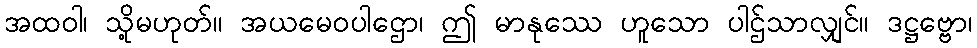
အထဝါ၊ သို့မဟုတ်။ အယမေဝပါဌော၊ ဤ မာနုဿေ ဟူသော ပါဌ်သာလျှင်။ ဒဋ္ဌဗ္ဗော၊